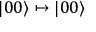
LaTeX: | 0 0 \rangle \mapsto | 0 0 \rangle